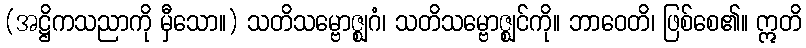
(အဋ္ဌိကသညာကို မှီသော။) သတိသမ္ဗောဇ္ဈဂံ၊ သတိသမ္ဗောဇ္ဈင်ကို။ ဘာဝေတိ၊ ဖြစ်စေ၏။ ဣတိ